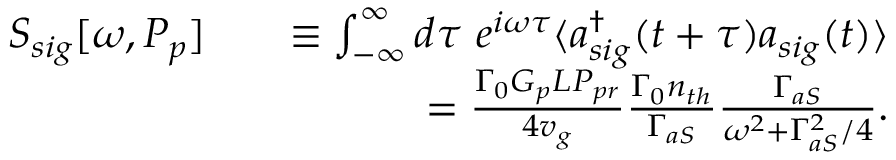
\begin{array} { r l r } { S _ { s i g } [ \omega , P _ { p } ] } & { } & { \equiv \int _ { - \infty } ^ { \infty } d \tau \ e ^ { i \omega \tau } \langle a _ { s i g } ^ { \dag } ( t + \tau ) a _ { s i g } ( t ) \rangle } \\ & { } & { = \frac { \Gamma _ { 0 } G _ { p } L P _ { p r } } { 4 v _ { g } } \frac { \Gamma _ { 0 } n _ { t h } } { \Gamma _ { a S } } \frac { \Gamma _ { a S } } { \omega ^ { 2 } + \Gamma _ { a S } ^ { 2 } / 4 } . } \end{array}